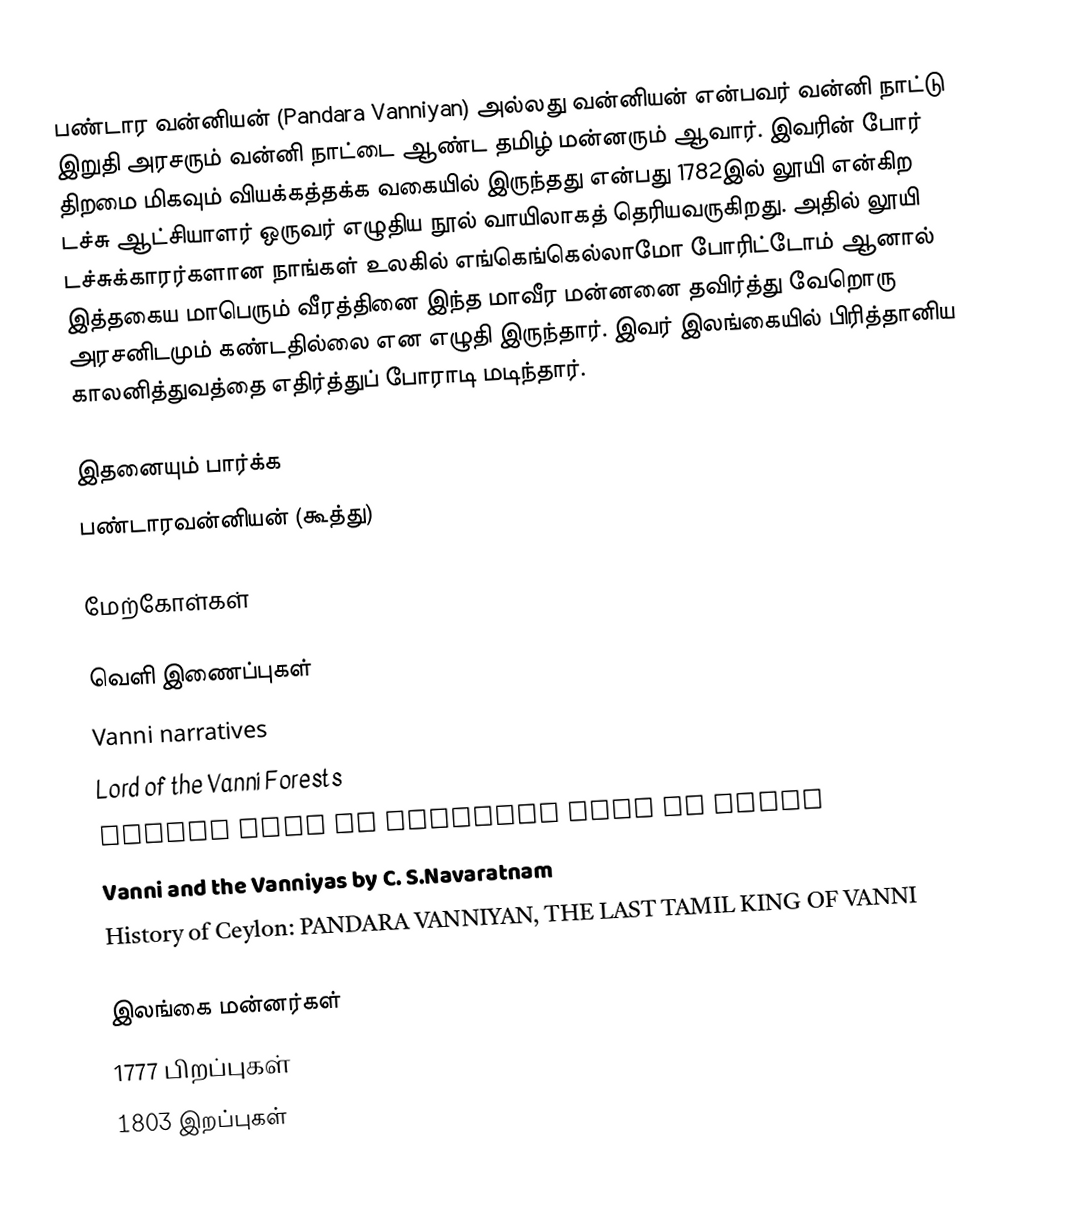
பண்டார வன்னியன் (Pandara Vanniyan) அல்லது வன்னியன் என்பவர் வன்னி நாட்டு இறுதி அரசரும் வன்னி நாட்டை ஆண்ட தமிழ் மன்னரும் ஆவார். இவரின் போர் திறமை மிகவும் வியக்கத்தக்க வகையில் இருந்தது  என்பது 1782இல் லூயி என்கிற டச்சு ஆட்சியாளர் ஒருவர் எழுதிய நூல் வாயிலாகத் தெரியவருகிறது. அதில் லூயி டச்சுக்காரர்களான நாங்கள் உலகில் எங்கெங்கெல்லாமோ போரிட்டோம் ஆனால் இத்தகைய மாபெரும் வீரத்தினை இந்த மாவீர மன்னனை தவிர்த்து வேறொரு அரசனிடமும் கண்டதில்லை என எழுதி இருந்தார். இவர் இலங்கையில் பிரித்தானிய காலனித்துவத்தை எதிர்த்துப் போராடி மடிந்தார்.

இதனையும் பார்க்க
பண்டாரவன்னியன் (கூத்து)

மேற்கோள்கள்

வெளி இணைப்புகள்
Vanni narratives
 Lord of the Vanni Forests
 Closer look at Southern part of Vanni
 Vanni and the Vanniyas by C. S.Navaratnam
 History of Ceylon: PANDARA VANNIYAN, THE LAST TAMIL KING OF VANNI

இலங்கை மன்னர்கள்
1777 பிறப்புகள்
1803 இறப்புகள்